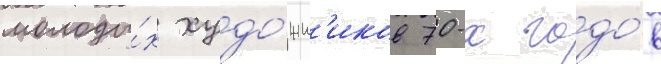
молоды́х худо́жн'иков 70-х годо́в